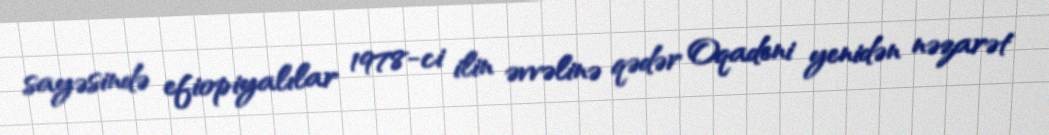
sayəsində efiopiyalılar 1978-ci ilin əvvəlinə qədər Oqadeni yenidən nəzarət